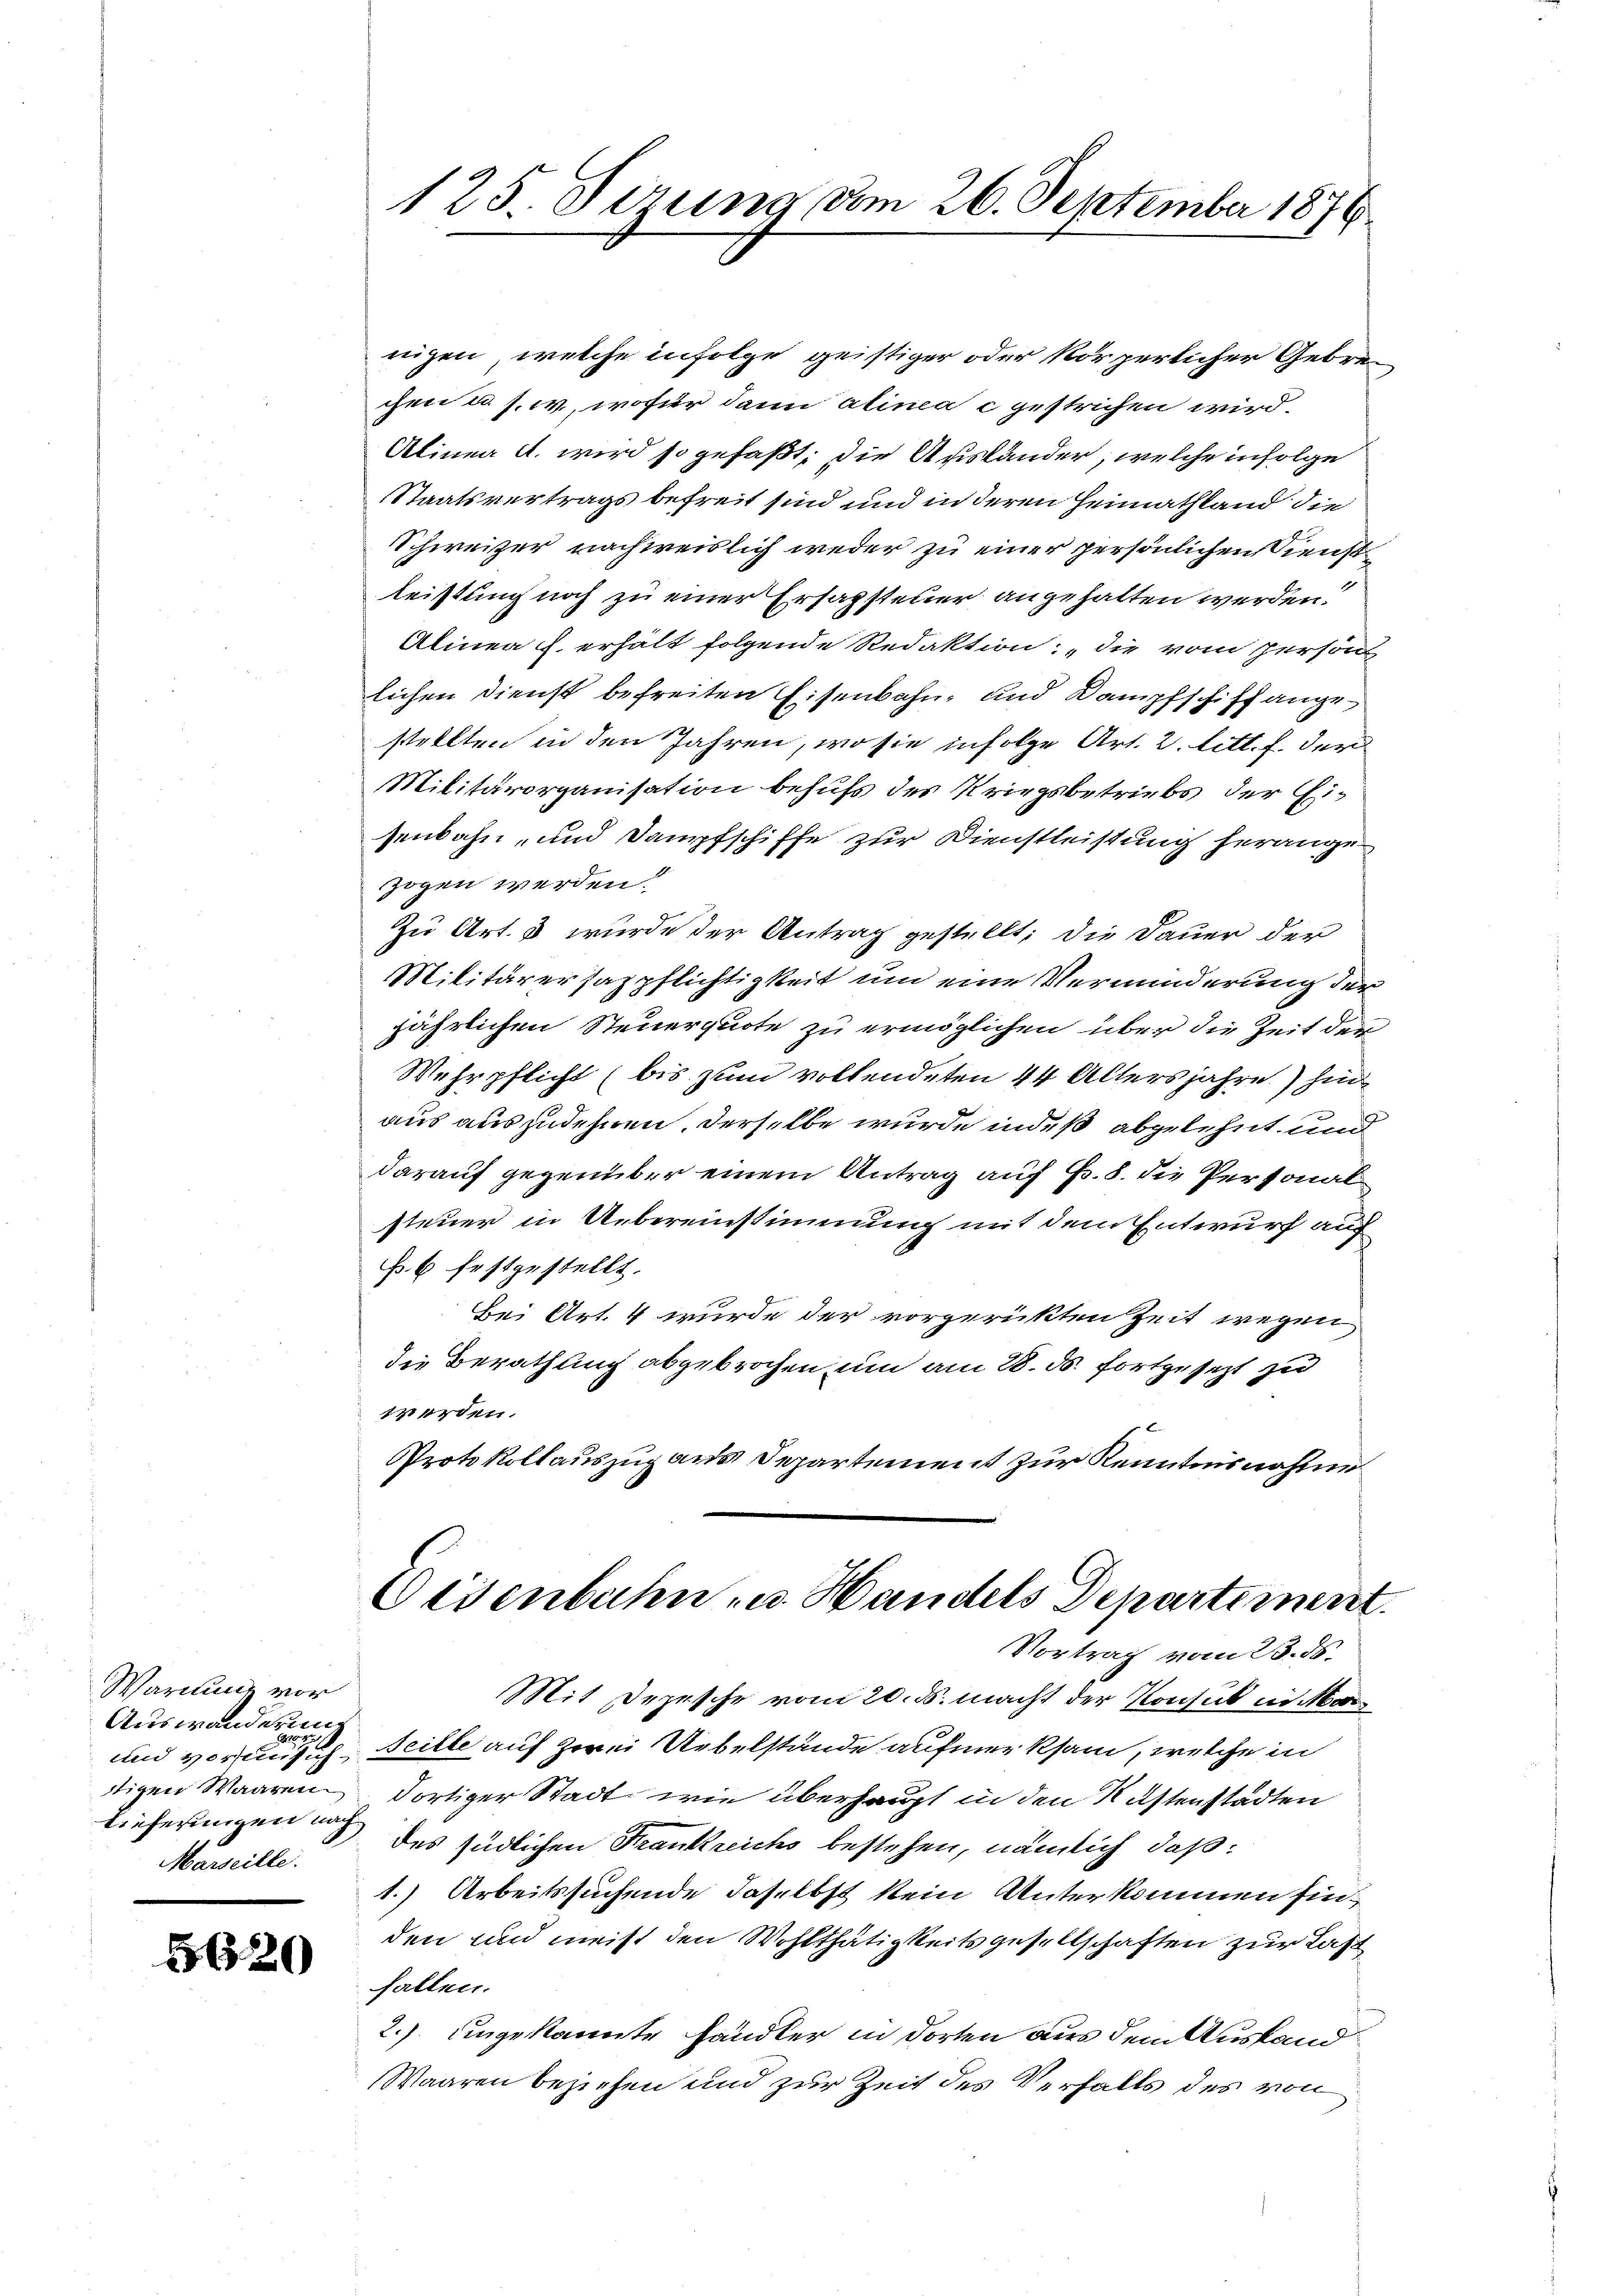
Warnung vor
Auswanderung
Lieferungen nach
Marseille.

5620

nigen, welche infolge geistiger oder körperlicher Gebrechen u. s. w., wofür dann alinea c gestrichen wird.
Alinea A. wird so gefaßt; die Ausländer, welche infolge
Staatsvertrags befreit sind und in deren Heimatstand die
Schweizer nachweislich weder zu einer persönlichen Dienst
leistung noch zu einer Ersazsteuer angehalten werden.
Alinea u. erhält folgende Redaktion: „die vom persön
lichen Dienst befreiten Eisenbahn- und Kampfschiffange
stellten in den Jahren, wo sie infolge Art. 2. litt. f. der
Militärorganisation behufs des Kriegsbetriebs der Eisenbahn- und Dampfschiffe zur Dienstleistung herangezogen werden.
Zu Art. 3 wurde der Antrag gestellt; die Dauer der
Militärersazpflichtigkeit um eine Verminderung der
jährlichen Steuerquote zu ermöglichen über die Zeit der
Wehrpflicht (bis zum vollendeten 44 Altersjahre) hinaus auszudehnen, derselbe wurde indeß abgelehnt und
darauf gegenüber einem Antrag auf Fr. 8. die Personal
steuer in Uebereinstimmung mit dem Entwurf auf
f. 6 festgestellt.
Bei Art. 4 wurde der vorgerichten Zeit wegen
die Berathung abgebrochen, um am 28. ds. fortgesezt zu
werden.
Protokollauszug aus Departement zur Kenntnisnahme

125. Ferung vom 26. September 1876

Eisenbahn u. Handels Departiment.

Vortrag vom 13. ds.
Mit Depesche vom 20. ds. macht der Konsul in Mor
und voransich, Seille auf zwei Uebelstände aufmerksam, welche in
tigen Waaren dortiger Stadt, wie überhaupt in den Kastenstädten
des südlichen Frankreichs bestehen, nämlich, daß:
1.) Arbeitssuchende daselbst kein Unterkommen sin
den und meist den Wohlthätigkeitsgesellschaften zur Last
fallen.
2.) eingekannte Händler in dorten aus dem Ausland¬
Waaren beziehen und zur Zeit des Verfalls des von